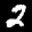
Label: 2